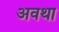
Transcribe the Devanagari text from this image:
अवथा